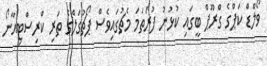
ވޯލްޑް ކަޕްގެ ގްރޫޕް ބީގައި ކުޅުނު ފުރަތަމަ މެޗުގައިވެސް ޕޯޗުގަލްގެ ތަރި ކްރިސްޓިއާނޯ